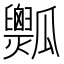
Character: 𤬡